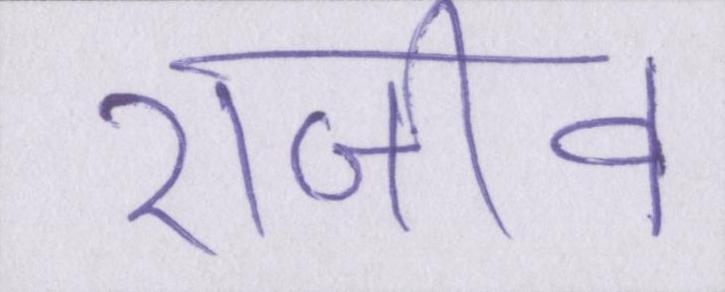
राजीव